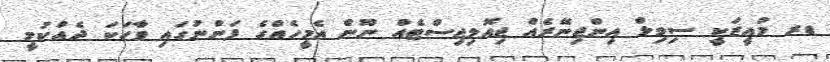
ޑރ މުއީޒަކީ ސިވިލް އިންޖިނޭރެއް ޖިއޮލިޖިސްޓެއް ނޫން އެމީހެއްގެ ފަންނުގައި ވާހަކަ ދެއްކުމީ